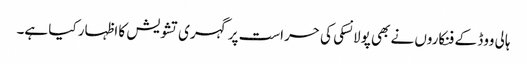
ہالی ووڈ کے فنکاروں نے بھی پولانسکی کی حراست پر گہری تشویش کا اظہار کیا ہے۔